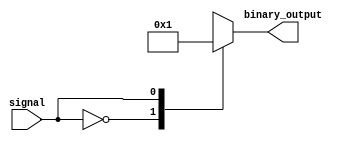
module encoder (
    input signal,
    output reg [3:0] binary_output
);

always @* begin
    case (signal)
        0: binary_output = 4'b0000;
        1: binary_output = 4'b0001;
        2: binary_output = 4'b0010;
        3: binary_output = 4'b0011;
        // Add more cases based on predetermined rules
        default: binary_output = 4'b0000; // Default case
    endcase
end

endmodule